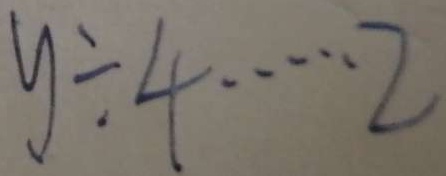
y \div 4 \cdots 2